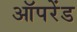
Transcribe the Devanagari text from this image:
ऑपरेंड